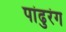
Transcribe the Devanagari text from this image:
पांढुरंग